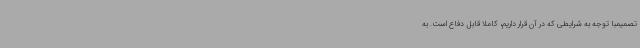
تصمیمبا توجه به شرایطی که در آن قرار داریم، کاملا قابل دفاع است. به